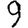
Digit: 9